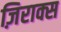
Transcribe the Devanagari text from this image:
ज़िराक्स